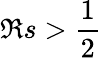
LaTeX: \Re s>{\frac{1}{2}}